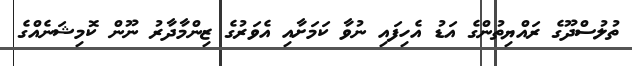
ތުލުސްދޫގެ ރައްޔިތުންގެ އަޑު އެހިފައި ނުވާ ކަމަށާއި އެވަރުގެ ޒިންމާދާރު ނޫން ކޮމިޝަނެއްގެ